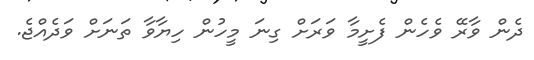
ދެން ވާރޭ ވެހެން ފެށީމާ ވަރަށް ގިނަ މީހުން ހިޔާވާ ތަނަށް ވަދެއްޖެ.